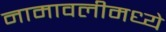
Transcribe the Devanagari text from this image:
नामावलीमध्ये